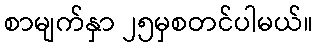
စာမျက်နှာ ၂၅မှစတင်ပါမယ်။